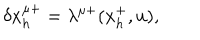
LaTeX: \delta x _ { h } ^ { \mu + } = \lambda ^ { \mu + } ( x _ { h } ^ { + } , u ) ,